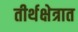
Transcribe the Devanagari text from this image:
तीर्थक्षेत्रात